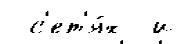
 с'ет'я́х  и